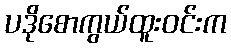
ပဒိုစောကွယ်ထူးဝင်းက